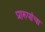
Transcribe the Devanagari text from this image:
प्रारुपांचा